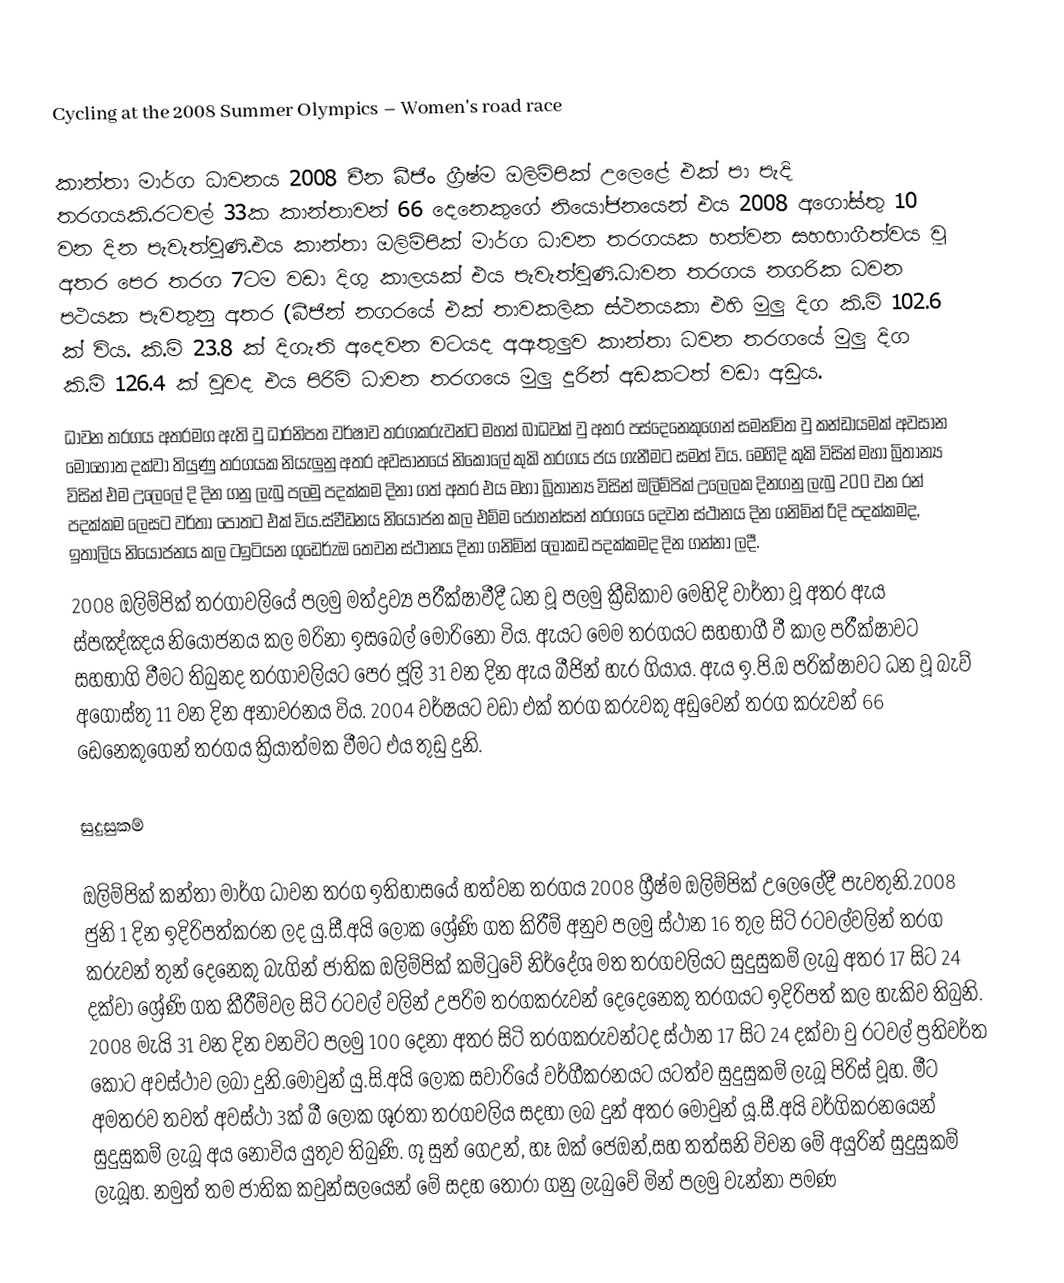
Cycling at the 2008 Summer Olympics – Women's road race

කාන්තා මාර්ග ධාවනය 2008 චීන බීජිං ග්‍රීෂ්ම ඔලිම්පික් උලෙළේ එක් පා පැදි තරගයකි.රටවල් 33ක කාන්තාවන් 66 දෙනෙකුගේ නියෝජනයෙන් එය 2008 අගෝස්තු 10 වන දින පැවැත්වුණි.එය කාන්තා ඔලිම්පික් මාර්ග ධාවන තරගයක හත්වන සහභාගීත්වය වූ අතර පෙර තරග 7ටම වඩා දිගු කාලයක් එය පැවැත්වුණි.ධාවන තරගය නගරික ධවන පථයක පැවතුනු අතර (බීජින් නගරයේ එක් තාවකලික ස්ථනයකා එහි මුලු දිග කි.මි 102.6 ක් විය. කි.මි 23.8 ක් දිගැති අදෙවන වටයද අඇතුලුව කාන්තා ධවන තරගයේ   මුලු දිග කි.මි 126.4 ක් වුවද එය පිරිමි ධාවන තරගයෙ මුලු දුරින් අඩකටත් වඩා අඩුය.
ධාවන තරගය අතරමග ඇති වු ධාරනිපත වර්ෂාව තරගකරුවන්ට මහත් බාධවක් වු අතර පස්දෙනෙකුගෙන් සමන්විත වු කන්ඩායමක් අවසාන මොහොත දක්වා තියුණු තරගයක නියැලුනු අතර අවසානයේ  නිකොලේ කුකි තරගය ජය ගැනීමට සමත් විය. මෙහිදි කුකි විසින් මහා බ්‍රිතාන්‍ය විසින් එම උලෙලේ දි දින ගනු ලැබු පලමු පදක්කම දිනා ගත් අතර එය මහා බ්‍රිතාන්‍ය විසින් ඔලිම්පික් උලෙලක දිනගනු ලැබු 200 වන රන් පදක්කම ලෙසට වර්තා පොතට එක් විය.ස්වීඩනය නියෝජන කල එම්ම ජොහන්සන් තරගයෙ දෙවන ස්ථානය දින ගනිමින් රිදි පදක්කමද, ඉතාලිය නියෝජනය කල ටඉටියන ගුඩෙර්zඔ තෙවන ස්ථානය දිනා ගනිමින් ලෝකඩ පදක්කමද දින ගන්නා ලදී.
2008 ඔලිම්පික් තරගාවලියේ පලමු මත්ද්‍රව්‍ය පරීක්ෂාවීදී ධන වූ පලමු ක්‍රීඩිකාව මෙහිදි වාර්තා වූ අතර ඇය ස්පඤ්ඤය නියෝජනය කල මරිනා ඉසබෙල් මොරිනො විය. ඇයට මෙම තරගයට සහභාගී වී කාල පරීක්ෂාවට සහභාගි වීමට තිබුනද තරගාවලියට පෙර ජූලි 31 වන දින ඇය බීජින් හැර ගියාය. ඇය  ඉ.පි.ඔ පරික්ෂාවට ධන වූ බැව් අගෝස්තු 11 වන දින අනාවරනය විය. 2004 වර්ෂයට වඩා එක් තරග කරුවකු අඩුවෙන් තරග කරුවන් 66 ඩෙනෙකුගෙන් තරගය ක්‍රියාත්මක වීමට එය තුඩු දුනි.

 සුදුසුකම්

ඔලිම්පික් කන්තා මාර්ග ධාවන තරග ඉතිහාසයේ හත්වන තරගය 2008 ග්‍රීෂ්ම ඔලිම්පික් උලෙලේදී පැවතුනි.2008 ජුනි 1 දින ඉදිරිපත්කරන ලද යු.සී.අයි ලෝක ශ්‍රේණි ගත කිරීම් අනුව පලමු ස්ථාන 16 තුල සිටි රටවල්වලින් තරග කරුවන් තුන් දෙනෙකු බැගින් ජාතික ඔලිම්පික් කමිටුවේ නිර්දේශ මත තරගවලියට සුදුසුකම් ලැබු අතර 17 සිට 24 දක්වා ශ්‍රේණි ගත කීරීම්වල සිටි රටවල් වලින් උපරිම තරගකරුවන් දෙදෙනෙකු තරගයට ඉදිරිපත් කල හැකිව තිබුනි. 2008 මැයි 31 වන දින වනවිට පලමු 100 දෙනා අතර සිටි තරගකරුවන්ටද ස්ථාන 17 සිට 24 දක්වා වු රටවල් ප්‍රතිවර්ත කොට අවස්ථාව ලබා දුනි.මොවුන් යු.සි.අයි ලෝක සවාරියේ වර්ගීකරනයට යටත්ව සුදුසුකම් ලැබූ පිරිස් වූහ. මීට අමතරව තවත් අවස්ථා 3ක් බී ලෝක ශූරතා තරගවලිය සදහා ලබ දුන් අතර මොවුන් යූ.සී.අයි වර්ගිකරනයෙන් සුදුසුකම් ලැබූ අය නොවිය යුතුව තිබුණි. ගූ සුන් ගෙඋන්, හෑ ඔක් ජෙඔන්,සහ තත්සනි විචන මේ අයුරින් සුදුසුකම් ලැබූහ. නමුත් තම ජාතික කවුන්සලයෙන් මේ සදහ තෝරා ගනු ලැබුවේ මින් පලමු වැන්නා පමණ